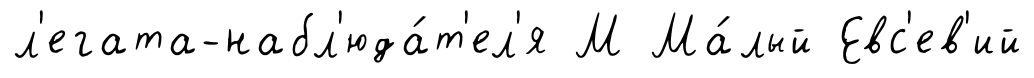
л'егата-набл'юда́т'ел'я М Ма́лый Евс'ев'ий